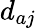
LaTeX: d_{aj}